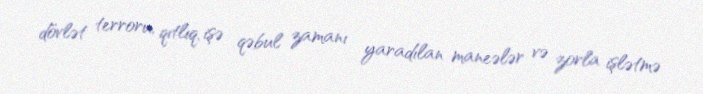
dövlət terroru, qıtlıq, işə qəbul zamanı yaradılan maneələr və zorla işlətmə